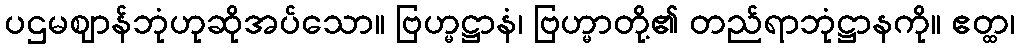
ပဌမဈာန်ဘုံဟုဆိုအပ်သော။ ဗြဟ္မဋ္ဌာနံ၊ ဗြဟ္မာတို့၏ တည်ရာဘုံဋ္ဌာနကို။ ဧတ္ထ၊